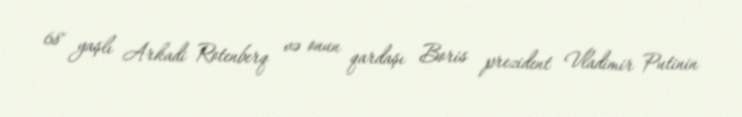
68 yaşlı Arkadi Rotenberq və onun qardaşı Boris prezident Vladimir Putinin